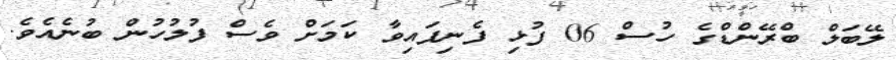
ލޭބަލް ބްރޭންޑްގެ ހުސް 06 ފުޅި ފެނިފައިވާ ކަމަށް ވެސް ފުލުހުން ބުނެއެވެ.